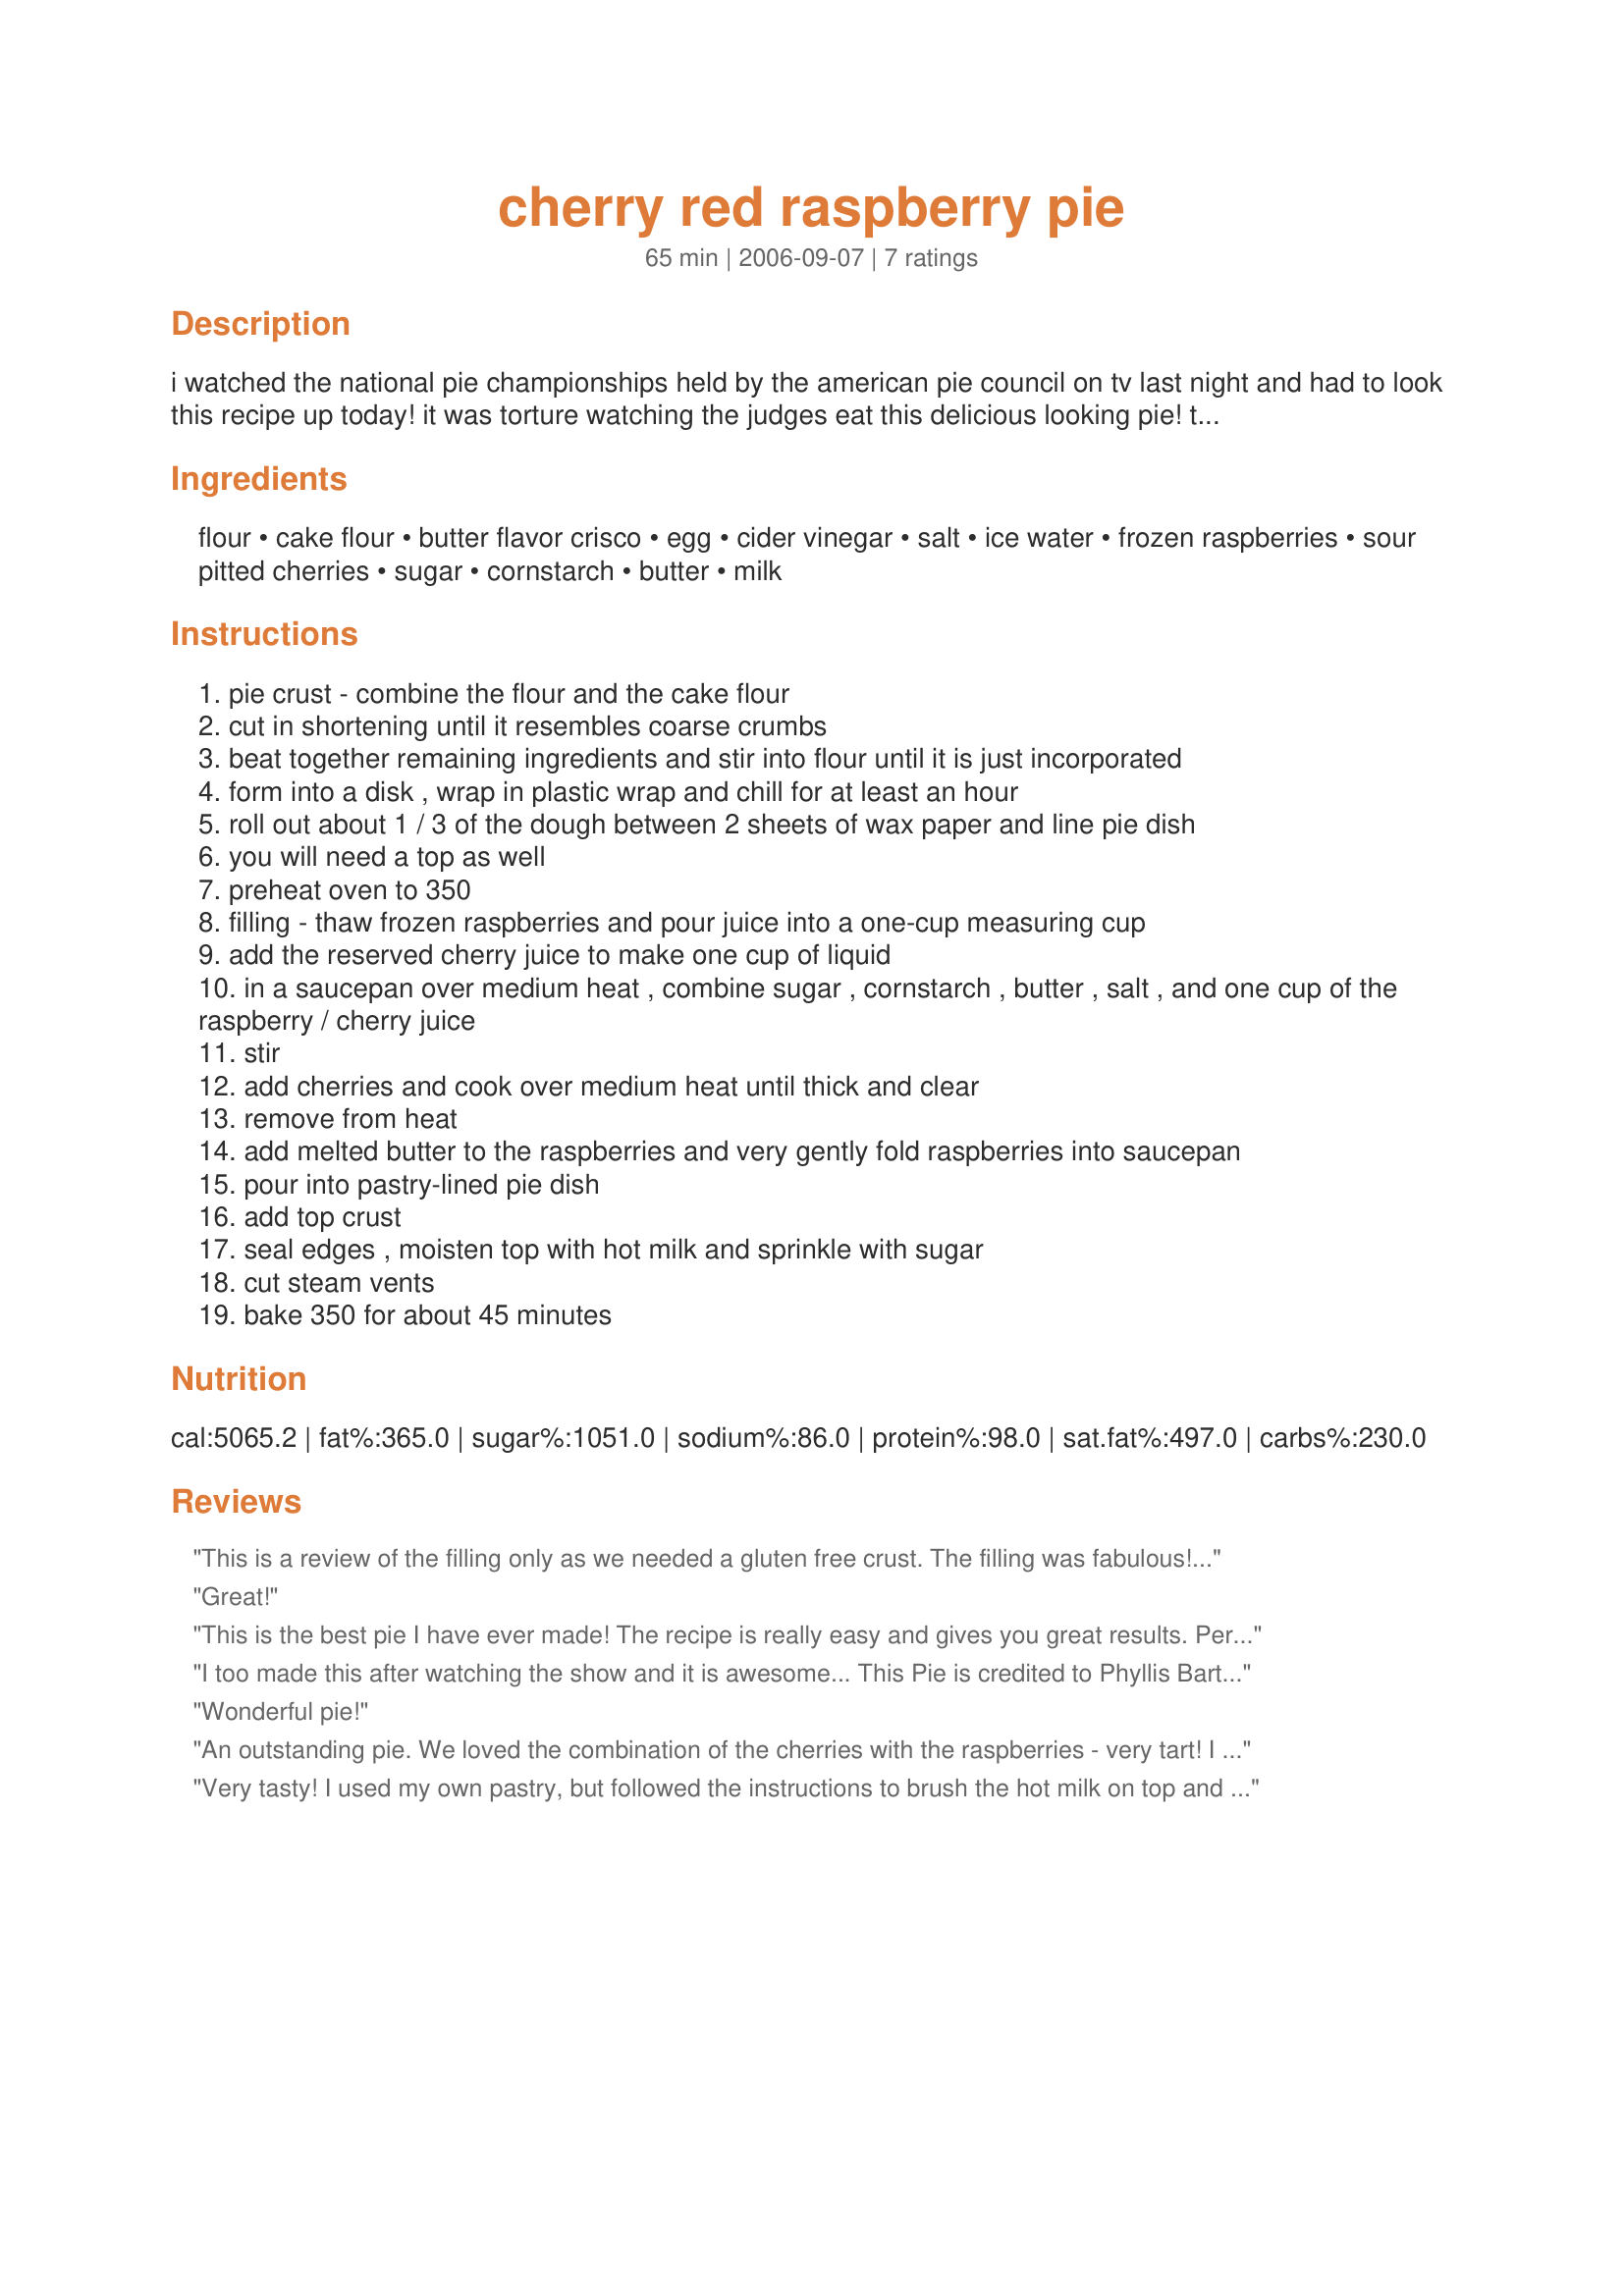
cherry red raspberry pie
Preparation time: 65 minutes

i watched the national pie championships held by the american pie council on tv last night and had to look this recipe up today! it was torture watching the judges eat this delicious looking pie! they raved about her crust as well. this pie won "best of show" for phyllis bartholomew. in fact she pretty much cleaned up in all the categories. it looks pretty simple and clear-cut, i guess this is a good example of less is more. her recipe uses canned sour cherries, but if you wish to substitute fresh sweet cherries, you can always reduce the amount of sugar and add a little lemon juice to taste...it should work fine with this recipe. this pie is extra pretty with a lattice top.

Ingredients:
flour, cake flour, butter flavor crisco, egg, cider vinegar, salt, ice water, frozen raspberries, sour pitted cherries, sugar, cornstarch, butter, milk

Steps:
pie crust - combine the flour and the cake flour
cut in shortening until it resembles coarse crumbs
beat together remaining ingredients and stir into flour until it is just incorporated
form into a disk , wrap in plastic wrap and chill for at least an hour
roll out about 1 / 3 of the dough between 2 sheets of wax paper and line pie dish
you will need a top as well
preheat oven to 350
filling - thaw frozen raspberries and pour juice into a one-cup measuring cup
add the reserved cherry juice to make one cup of liquid
in a saucepan over medium heat , combine sugar , cornstarch , butter , salt , and one cup of the raspberry / cherry juice
stir
add cherries and cook over medium heat until thick and clear
remove from heat
add melted butter to the raspberries and very gently fold raspberries into saucepan
pour into pastry-lined pie dish
add top crust
seal edges , moisten top with hot milk and sprinkle with sugar
cut steam vents
bake 350 for about 45 minutes

Reviews:
This is a review of the filling only as we needed a gluten free crust. The filling was fabulous!! It has so few ingredients that I was a little skeptical, but the contrasts of sweet and sour, and the distinct flavors of both cherry and raspberry was wonderful! Easy to make, highly recommended!
Great!
This is the best pie I have ever made! The recipe is really easy and gives you great results. Perfect amount of yummy glaze surrounding the fruit. The crust was really easy to put together too and I am bad at crust! That is why there is no pic! I really stink at making those pretty edges around the pie! I made it with all berries bc dd doesnt like the cherry 'bumps' in the pie! lol She has called them that since she was old enough to eat pie! Now she is 19 and still calls them 'bumps'. Anyway I used frozen berries that we grew here and picked last July. We froze them in quart bags so I just used one whole bag with the juice as instructed. The pie was just a little full but that made it all the better! I added a little more cornstarch to balance the difference- about 1 tsp or so. Didnt make any other changes at all- except adding a fork! lol Fantastic recipe me dear friend! Thanks for sharing it with all of us!
I too made this after watching the show and it is awesome... This Pie is credited to Phyllis Bartholomew and if you watched her she divulged a secret to getting "flaky" pie crust which was to hold back 1/3 cup of the flour crisco mixture and sprinkle on later after you have rolled the crust then fold into thirds and re-roll. Makes it almost Phyllo dough flaky!!! Anyway this is one of my all time favorites as well as I like a TART pie.
Wonderful pie!
An outstanding pie. We loved the combination of the cherries with the raspberries - very tart! I made it exactly as stated and it turned out perfectly set. The crust turned out very flaky. Delicious. I will be making this pie all the time.
Very tasty! I used my own pastry, but followed the instructions to brush the hot milk on top and sprinkle with sugar (with excellent results, I might add) and I added another 1/4 cup of sugar because I had an extra cup of cherries. This was a spectacular pie. Tasty, pretty, and lovely with the after taste! Thank you for sharing such a fantastic recipe!
